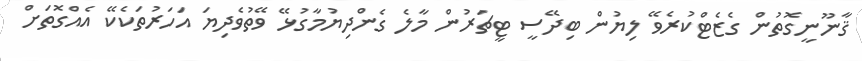
ޤާނޫނީގޮތުން ގެޒެޓްކުރެވޭ ލިޔުން ބިދޭސީ ޓީޗަރުން މާލެ ގެންދިޔުމާގުޅޭ ވޭތުވެދިޔަ އަހަރުތަކެކޭ އެއްގޮތަށް